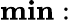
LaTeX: \mathbf{min}: